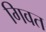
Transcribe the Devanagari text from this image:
गिवत